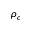
\rho _ { c }